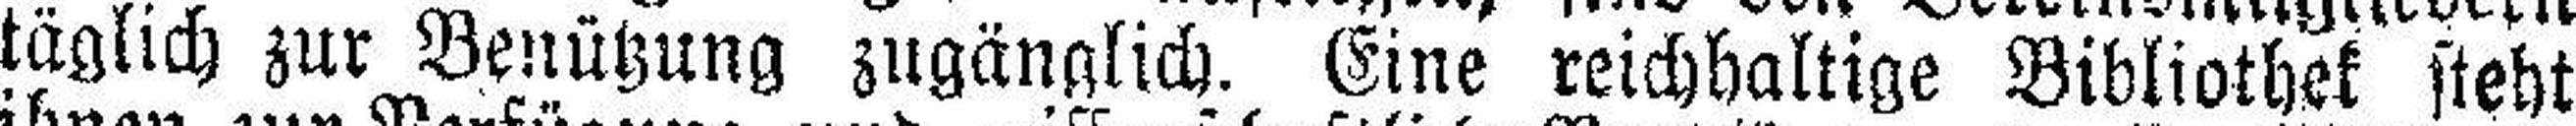
täglich zur Benützung zugänglich. Eine reichhaltige Bibliothek steht